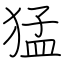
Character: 猛